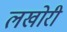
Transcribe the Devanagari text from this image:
लखोरी